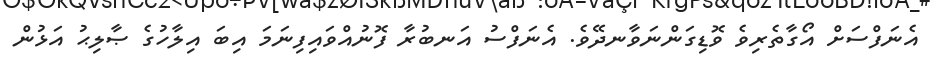
އެނަފްސަށް އޯގާތެރިވެ ވޮޑިގަންނަވާނދޭވެ. އެނަފްސު އަނބުރާ ފޮނުއްވައިފިނަމަ އިބަ އިލާހުގެ ޞާލިޙު އަޅުން